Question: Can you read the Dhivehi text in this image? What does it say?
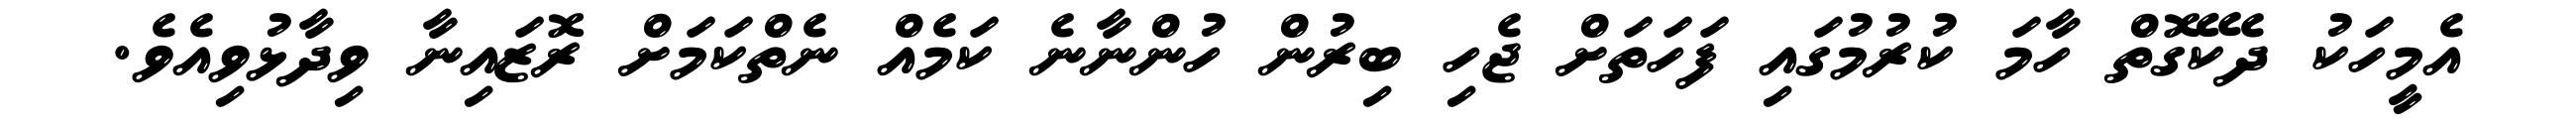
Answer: އެމީހަކު ދެކޭގޮތް ހާމަ ކުރުމުގައި ފަހަތަށް ޖެހި ބިރުން ހުންނާނެ ކަމެއް ނެތްކަމަށް ރޮޒައިނާ ވިދާޅުވިއެވެ.